Burma Government Medical School reports 1923-41
Year: 1923
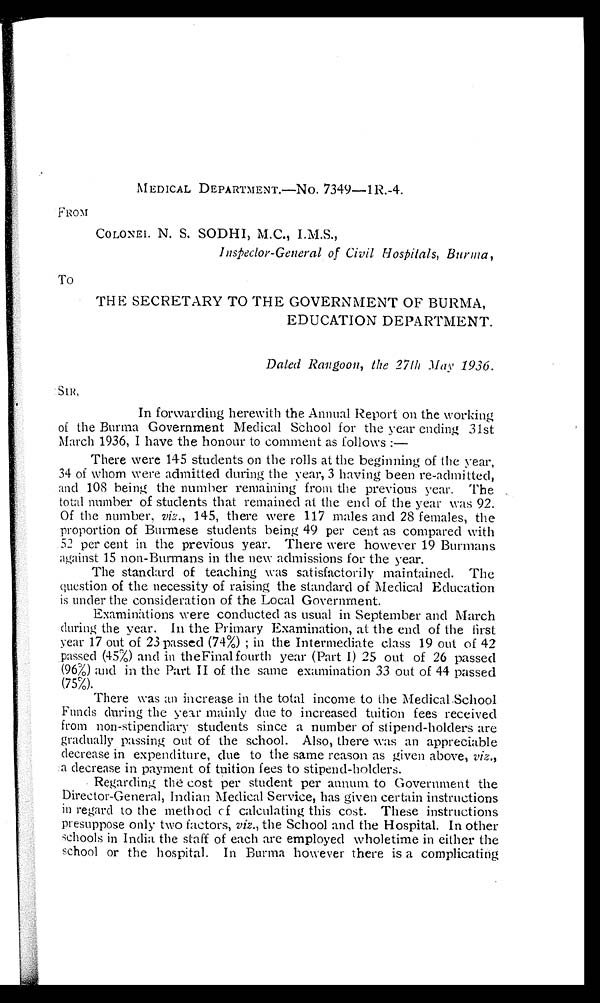
MEDICAL DEPARTMENT.—NO. 7349-1R.-4.
FROM
COLONEL N. S. SODHI, M.C., I.M.S.,
Inspector-General of Civil Hospitals, Burma,
To
THE SECRETARY TO THE GOVERNMENT OF BURMA,
EDUCATION DEPARTMENT.
Dated Rangoon, the 27th May 1936.
SIR,
In forwarding herewith the Annual Report on the working
of the Burma Government Medical School for the year ending 31st
March 1936, I have the honour to comment as follows :
—
There were 145 students on the rolls at the beginning of the year,
34 of whom were admitted during the year, 3 having been re-admitted,
and 108 being the number remaining from the previous year. The
total number of students that remained at the end of the year was 92.
Of the number, viz., 145, there were 117 males and 28 females, the
proportion of Burmese students being 49 per cent as compared with
52 per cent in the previous year. There were however 19 Burmans
against 15 non-Burmans in the new admissions for the year.
The standard of teaching was satisfactorily maintained. The
question of the necessity of raising the standard of Medical Education
is under the consideration of the Local Government.
Examinations were conducted as usual in September and March
during the year. In the Primary Examination, at the end of the first
year 17 out of 23 passed (74%) ; in the Intermediate class 19 out of 42
passed (45%) and in the Final fourth year (Part I) 25 out of 26 passed
(96%) and in the Part II of the same examination 33 out of 44 passed
(75%).
There was an increase in the total income to the Medical School
Funds during the year mainly due to increased tuition fees received
from non-stipendiary students since a number of stipend-holders are
gradually passing out of the school. Also, there was an appreciable
decrease in expenditure, due to the same reason as given above, viz.,
a decrease in payment of tuition fees to stipend-holders.
Regarding the cost per student per annum to Government the
Director-General, Indian Medical Service, has given certain instructions
in regard to the method of calculating this cost. These instructions
presuppose only two factors, viz., the School and the Hospital. In other
schools in India the staff of each are employed wholetime in either the
school or the hospital. In Burma however there is a complicating